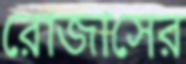
রোজাসের